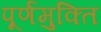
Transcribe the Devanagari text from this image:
पूर्णमुक्ति